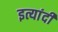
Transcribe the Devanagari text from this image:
इत्यांदी